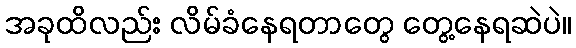
အခုထိလည်း လိမ်ခံနေရတာတွေ တွေ့နေရဆဲပဲ။